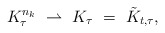
\begin{align*}K_\tau^{n_k} \ \rightharpoonup \ K_\tau \ = \ \tilde K_{t,\tau},\end{align*}